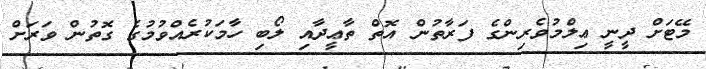
މޭޓަށް ދީނީ ޢިލްމުވެރިންގެ ފަރާތުން އޮތް ތާޢީދާއި ލޯބި ހާމަކުރެއްވުމުގެ ގޮތުން ވަރަށް